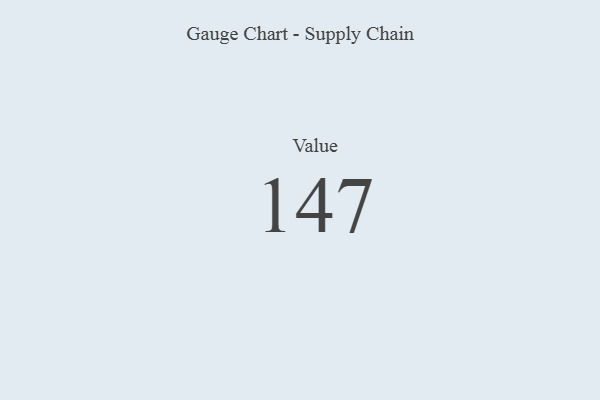
{"axis": {"x": "Metric", "y": "Value"}, "legend": [""], "data": [{"x": "Value", "y": 147, "type": ""}]}